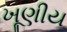
ખૂણીય